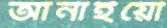
আনাইয়ো